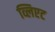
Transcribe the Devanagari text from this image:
व्लिएट